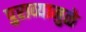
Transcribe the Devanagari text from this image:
पुराव्यामुळे